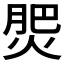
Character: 𭵀